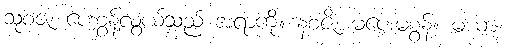
သုစဇံ၊ ပေးစွန့်လွယ်သည် အရာကို။ နစဇိ၊ မပေးမစွန့်။ မယာ၊